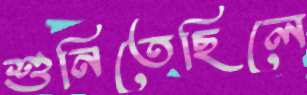
শুনিতেছিলে